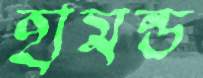
হামন্ড